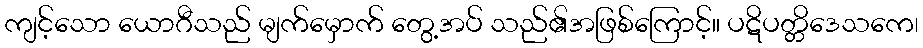
ကျင့်သော ယောဂီသည် မျက်မှောက် တွေ့အပ် သည်၏အဖြစ်ကြောင့်။ ပဋိပတ္တိဒေသကေ၊